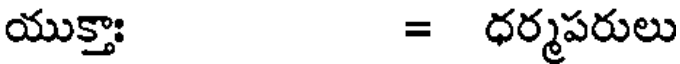
యుక్తాః = ధర్మపరులు